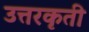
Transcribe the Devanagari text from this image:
उत्तरकृती